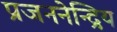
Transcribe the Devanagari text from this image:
प्रजननेन्द्रिय